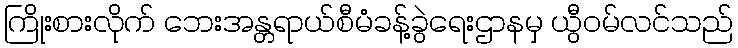
ကြိုးစားလိုက် ဘေးအန္တရာယ်စီမံခန့်ခွဲရေးဌာနမှ ယွီဝမ်လင်သည်